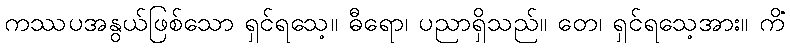
ကဿပအနွယ်ဖြစ်သော ရှင်ရသေ့။ ဓီရော၊ ပညာရှိသည်။ တေ၊ ရှင်ရသေ့အား။ ကိံ